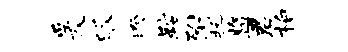
爰皈睽鞍附托监君柏